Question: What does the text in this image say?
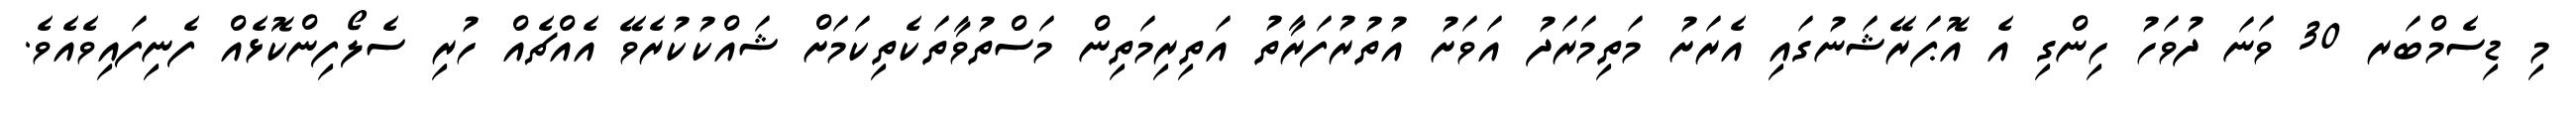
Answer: މި ޑިސެމްބަރ 30 ވަނަ ދުވަހު ހިންގި އެ އޮޕަރޭޝަނުގައި އެރަށު މަތިމަރަދު އަވަށު އުތުރުފަރާތު އަތިރިމަތިން މަސްތުވާތަކެތިކަމަށް ޝައްކުކުރެވޭ އެއްޗެއް ހުރި ސެލޯފިންކޮޅެއް ފެނިފައިވެއެވެ.